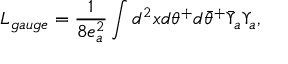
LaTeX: L _ { g a u g e } = \frac { 1 } { 8 e _ { a } ^ { 2 } } \int d ^ { 2 } x d \theta ^ { + } d { \bar { \theta } } ^ { + } { \bar { \Upsilon } } _ { a } \Upsilon _ { a } ,